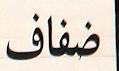
ضفاف